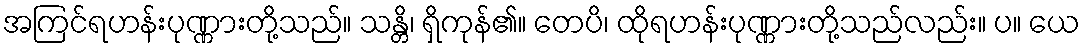
အကြင်ရဟန်းပုဏ္ဏားတို့သည်။ သန္တိ၊ ရှိကုန်၏။ တေပိ၊ ထိုရဟန်းပုဏ္ဏားတို့သည်လည်း။ ပ။ ယေ